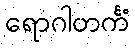
ရောဂါတင်္ကံ